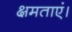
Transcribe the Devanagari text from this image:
क्षमताएं।